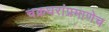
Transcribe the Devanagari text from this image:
चक्रधरांप्रमाणेच